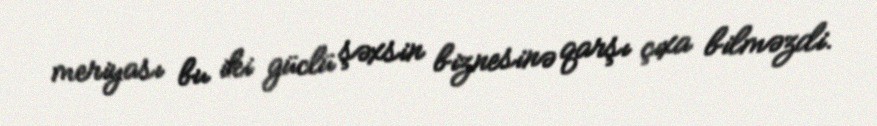
meriyası bu iki güclü şəxsin biznesinə qarşı çıxa bilməzdi.